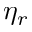
\eta _ { r }